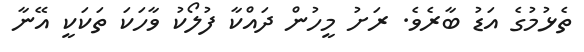
ތެޅުމުގެ އަޑު ބާރެވެ. ރަށު މީހުން ދައްކާ ފުލޯކު ވާހަކަ ތަކަކީ އޭނާ